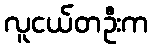
လူငယ်တဦးက